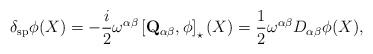
\begin{align*}\delta _{\mathrm{sp}}\phi (X)=-\frac{i}{2}\omega ^{\alpha \beta }\left[\mathbf{Q}_{\alpha \beta },\phi \right] _{\star }(X)=\frac{1}{2}\omega^{\alpha \beta }D_{\alpha \beta }\phi (X), \end{align*}